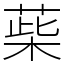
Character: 䓱